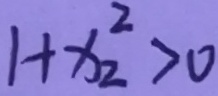
1 + x _ { 2 } ^ { 2 } > 0